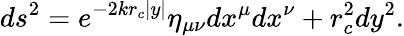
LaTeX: ds^{2}=e^{-2kr_{c}|y|}\eta_{\mu\nu}dx^{\mu}dx^{\nu}+r_{c}^{2}dy^{2}.